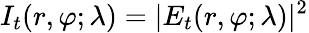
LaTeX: I_{t}(r,\varphi;\lambda)=|E_{t}(r,\varphi;\lambda)|^{2}